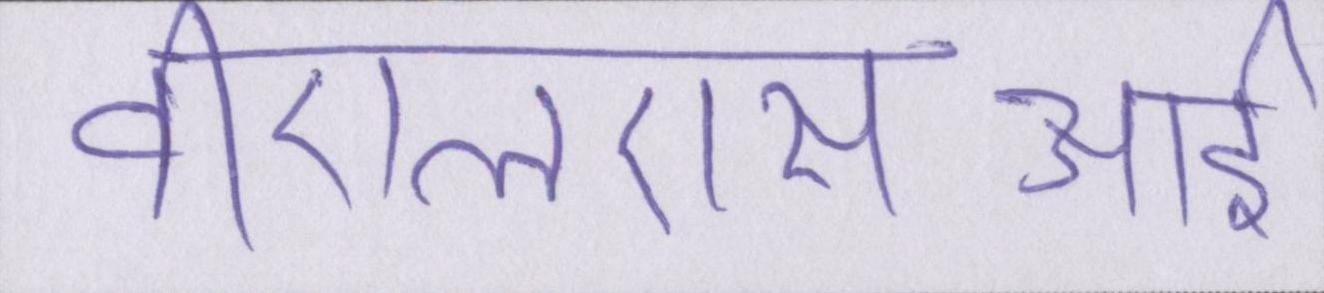
वीएलएसआई